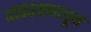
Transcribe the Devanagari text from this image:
व्यवस्थामधून